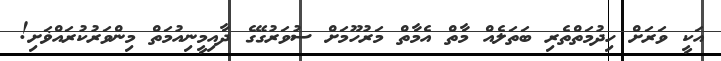
އަކީ ވަރަށް ހިދުމަތްތެރި ބަތަލެއް މާތް އެމާތް މަރުހޫމަށް ސުވަރުގޭގެ ދާއިމީނިއުމަތް މިންވަރުކުރައްޥަށި!